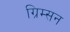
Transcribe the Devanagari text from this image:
ग्रिम्सन